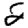
Digit: 2